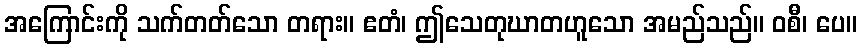
အကြောင်းကို သက်တတ်သော တရား။ ဧတံ၊ ဤသေတုဃာတဟူသော အမည်သည်။ ဝစီ၊ ပေ။